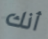
أنك